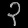
Digit: ၃